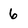
Character: 6